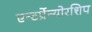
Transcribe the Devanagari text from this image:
एन्टर्प्रेन्योरशिप